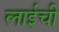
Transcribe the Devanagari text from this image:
लाईची